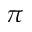
\pi